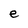
Character: e